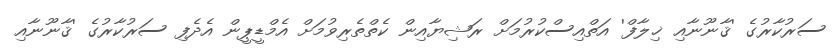
ސަރުކާރުގެ 'ޤާނޫނާއި ޚިލާފް' އަތްއިސްކުރުމަށް ރަޝިޔާއިން ކެތްތެރިވުމަށް އެމްޑީޕީން އެދެފި ސަރުކާރުގެ 'ޤާނޫނާއި